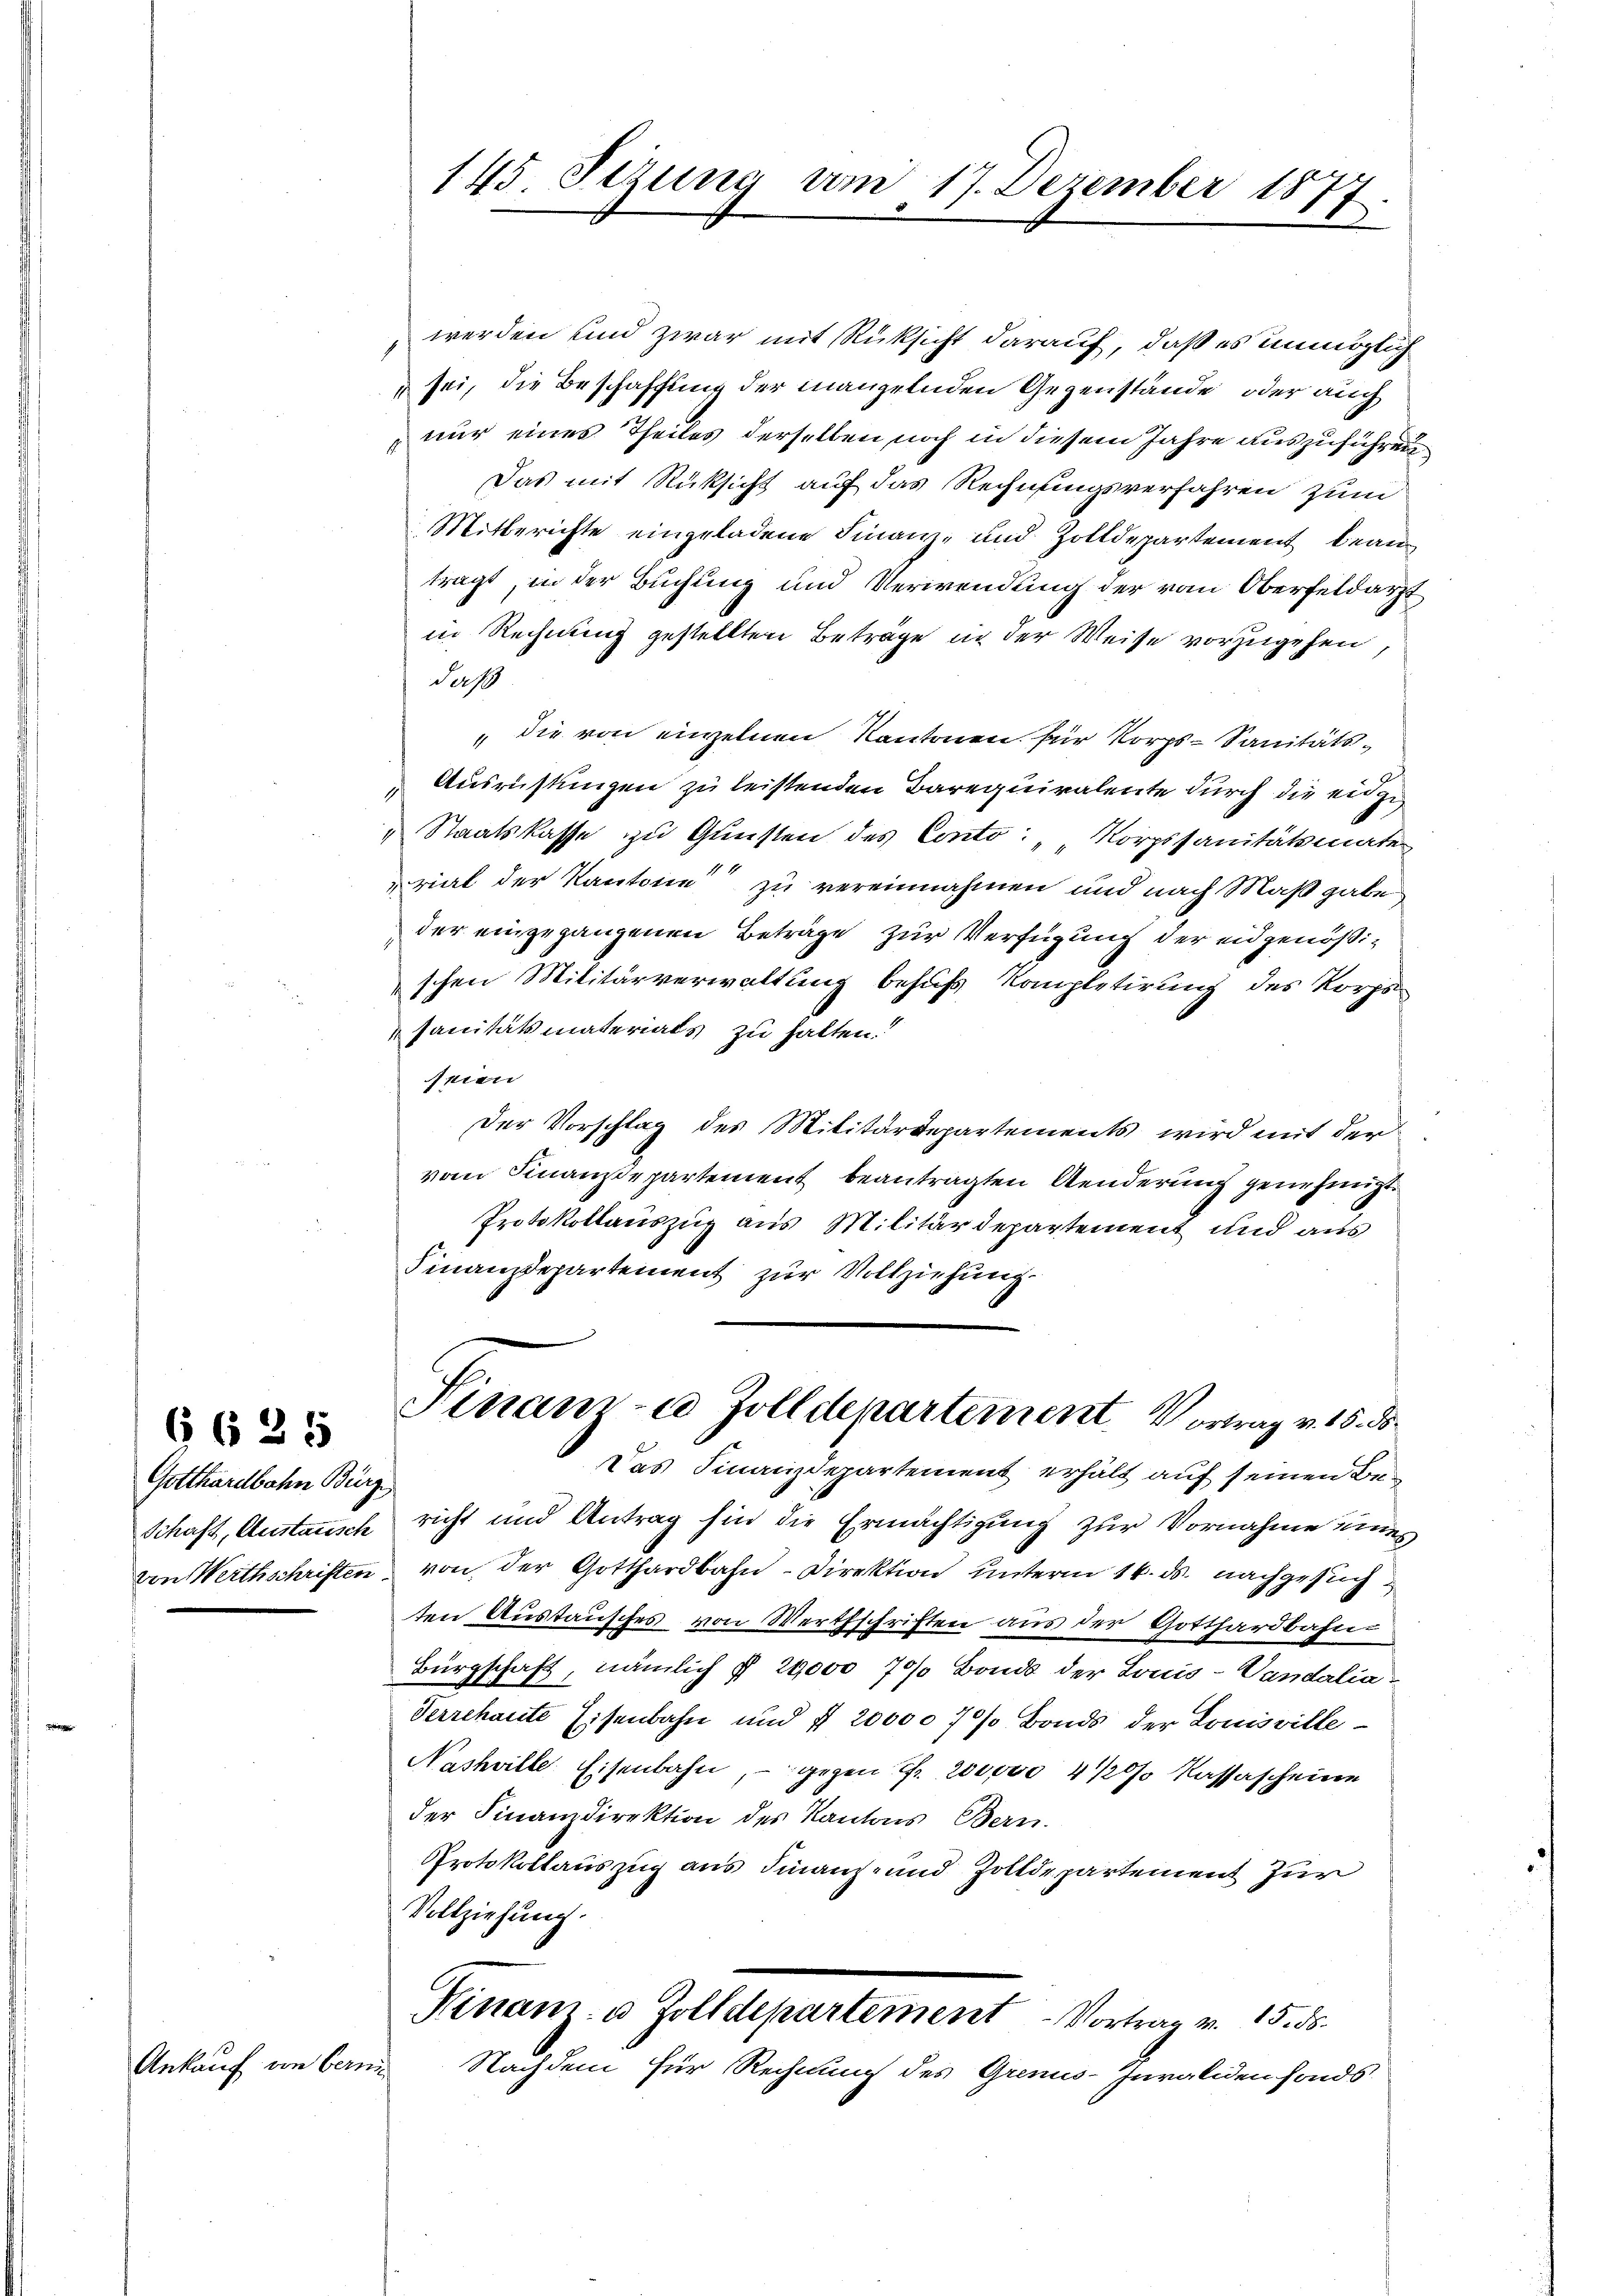
Gotthardbahn Bürg

6625

Ankauf von berni

145. Sezung am 17. Dezember 1877

werden und zwar mit Rücksicht darauf, daß es unmöglich
sei, die Beschaffung der mangelnden Gegenstände, oder auch
nur eines Theiles derselben noch in diesem Jahre auszuführen
Das mit Rücksicht auf das Rechnungsverfahren zum
Mitberichte eingeladene Finanz- und Zolldepartement beantragt, in der Buchung und Verwendung der vom Oberfeldarzt
in Rechnung gestellten Beträge in der Weise vorzugehen,
Jah
 die von einzelnen Kantonen für Korps-Sanitäts¬
Ausrüstungen zu leistenden Barequiralente durch die eidge¬
Staatskasse zu Gunsten des Conto: "Korpssanitätsmater
rial der Kantone zu vereinnahmen und nach Maßgabe
der eingegangenen Beträge zur Verfügung der eidgenößischen Militärverwaltung behufs Kompletirung des Korps
sanitätsmaterials zu halten.“
seien
Der Vorschlag des Militärdepartements wird mit der
vom Finanzdepartement beantragten Aenderung genehmigt
Protokollauszug aus Militärdepartement und aus
Finanzdepartement zur Vollziehung
Sinam-a Zolldepartement. Vortrag v. 15. ds.
Das Finanzdepartement erhält auf seinen Be¬
Schaft, Austausch richt und Antrag hin die Ermächtigung zur Vornahme eines
von Werthschriften von der Gotthardbahn-Direktion unterm 14. ds. nachgesuch
ten Austausches von Werthschriften aus der Gotthardbahn
Bürgschaft, nämlich § 20,000 70/ Bonds der Louis-Vandalia
Verrchaute Eisenbahn und § 20000 7 % Bonds der Louisville¬
Nashville Eisenbahn, - gegen fr. 200,000 4 1/2% Kassascheine
der Finanzdirektion des Kantons Bern.
Protokollauszug aus Finanz- und Zolldepartement zur
Vollziehung.
Finanz- u Zolldepartement - Vortrag v. 15. ds.
Nachdem für Rechnung des Grens-Invaliden fonds¬